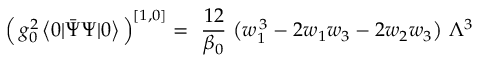
\Big ( \, g _ { 0 } ^ { 2 } \, \big < 0 | \bar { \Psi } \Psi | 0 \big > \, \Big ) ^ { [ 1 , 0 ] } = \ \frac { 1 2 } { \beta _ { 0 } } \ \big ( w _ { 1 } ^ { \, 3 } - 2 w _ { 1 } w _ { 3 } - 2 w _ { 2 } w _ { 3 } \big ) \ \Lambda ^ { 3 }